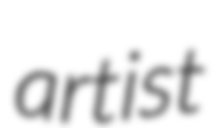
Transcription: artist